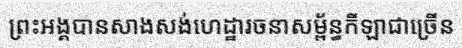
ព្រះអង្គបានសាងសង់ហេដ្ឋារចនាសម្ព័ន្ធកីឡាជាច្រើន